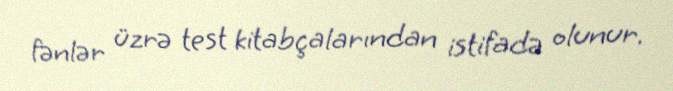
fənlər üzrə test kitabçalarından istifadə olunur.